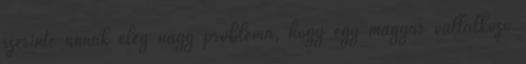
szerinte annak elég nagy probléma, hogy egy magyar vállalkozó